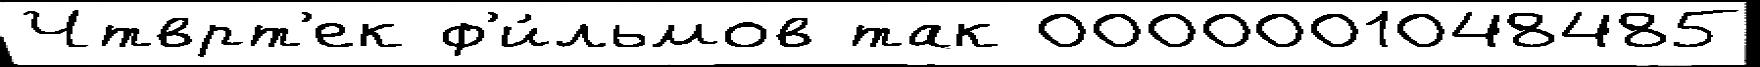
Чтврт'ек ф'и́льмов так 0000001048485